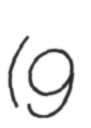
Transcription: (9